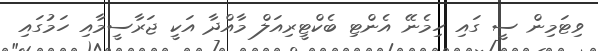
ވިޓަމިން ސީ ގައި ހިމެނޭ އެންޓި ބެކްޓީރިއަލް މާއްދާ އަކީ ޖަރާސީމާއި ހަމުގައި